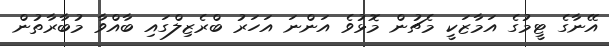
އޭނާގެ ޓީމުގެ އަމާޒަކީ މެޗުން މޮޅުވެ އަންނަ އަހަރު ބްރެޒިލްގައި ބާއްވާ މުބާރާތުން